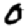
Digit: 0